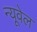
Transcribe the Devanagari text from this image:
न्यूवेल